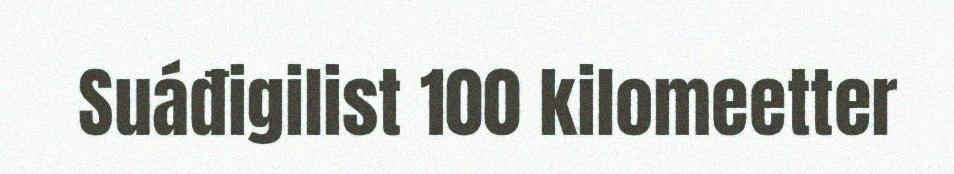
Suáđigilist 100 kilomeetter